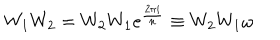
W _ { 1 } W _ { 2 } = W _ { 2 } W _ { 1 } e ^ { \frac { 2 \pi i } { n } } \equiv W _ { 2 } W _ { 1 } \omega